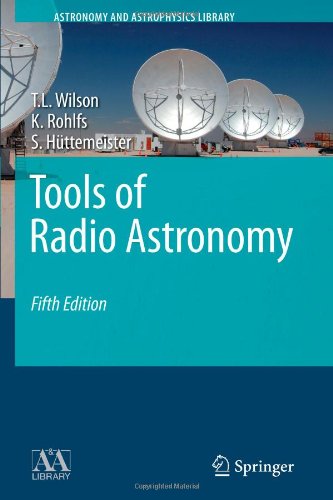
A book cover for Tools of Radio Astronomy (Astronomy and Astrophysics Library); Thomas Wilson; Science & Math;